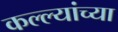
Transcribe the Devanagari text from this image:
कल्ल्यांच्या